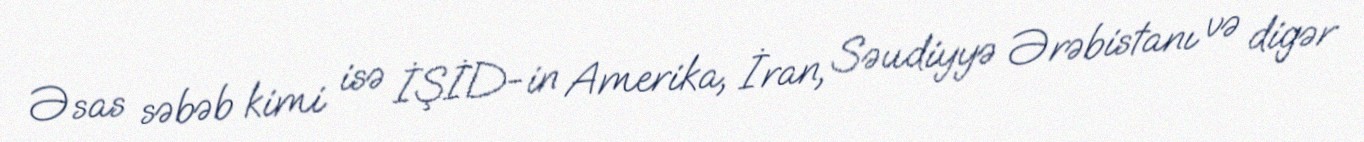
Əsas səbəb kimi isə İŞİD-in Amerika, İran, Səudiyyə Ərəbistanı və digər